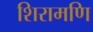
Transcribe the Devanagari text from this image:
शिरामणि